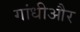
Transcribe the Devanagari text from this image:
गांधीऔर